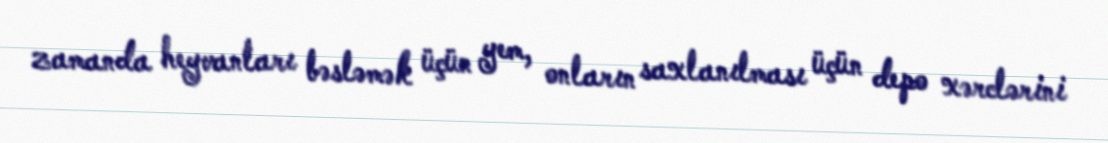
zamanda heyvanları bəsləmək üçün yem, onların saxlanılması üçün depo xərclərini